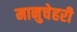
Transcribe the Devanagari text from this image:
मानुचेहरी